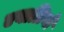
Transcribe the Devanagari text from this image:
एवाग्रियो